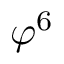
\varphi ^ { 6 }